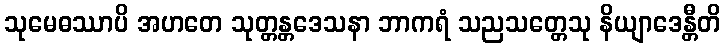
သုမေဓဿာပိ အဟတေ သုတ္တန္တဒေသနာ ဘာကရံ သညသတ္တေသု နိယျာဒေန္တီတိ